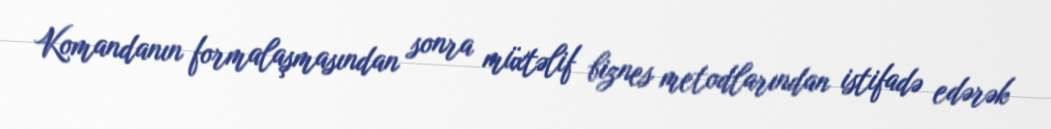
Komandanın formalaşmasından sonra müxtəlif biznes metodlarından istifadə edərək